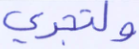
ولتجري